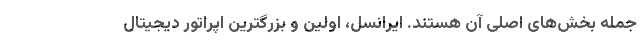
جمله بخش‌های اصلی آن هستند. ایرانسل، اولین و بزرگترین اپراتور دیجیتال